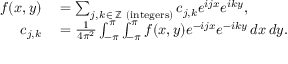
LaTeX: \begin{array} { r l } { f ( x , y ) } & { { } = \sum _ { j , k \, \in \, \mathbb { Z } { \mathrm { ~ ( i n t e g e r s ) } } } c _ { j , k } e ^ { i j x } e ^ { i k y } , } \\ { c _ { j , k } } & { { } = { \frac { 1 } { 4 \pi ^ { 2 } } } \int _ { - \pi } ^ { \pi } \int _ { - \pi } ^ { \pi } f ( x , y ) e ^ { - i j x } e ^ { - i k y } \, d x \, d y . } \end{array}